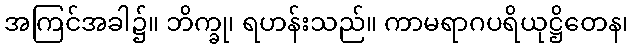
အကြင်အခါ၌။ ဘိက္ခု၊ ရဟန်းသည်။ ကာမရာဂပရိယုဋ္ဌိတေန၊